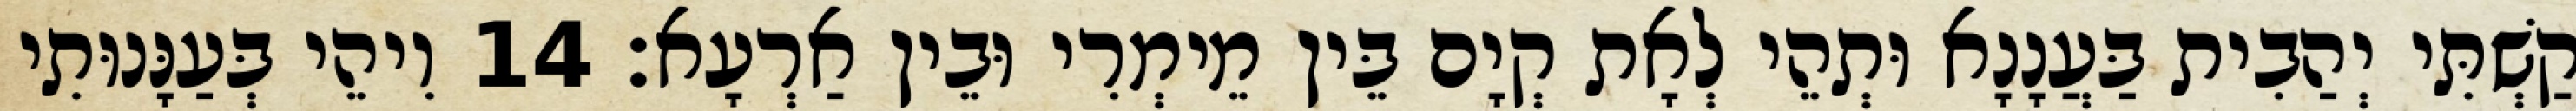
קַשְׁתִּי יְהַבִית בַּעֲנָנָא וּתְהֵי לְאָת קְיָם בֵּין מֵימְרִי וּבֵין אַרְעָא׃ 14 וִיהֵי בְּעַנָּנוּתִי